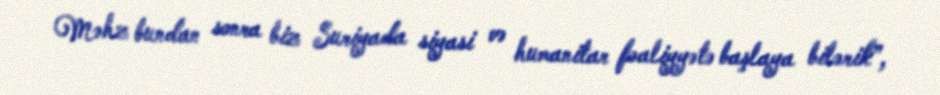
Məhz bundan sonra biz Suriyada siyasi və humanitar fəaliyyətə başlaya bilərik”,